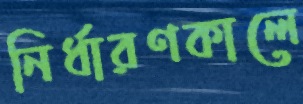
নির্ধারণকালে